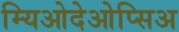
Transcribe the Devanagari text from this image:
म्यिओदेओप्सिअ